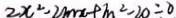
2 x ^ { 2 } - 2 m x + m ^ { 2 } - 2 0 = 0